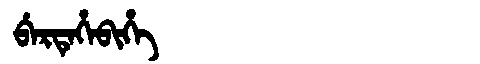
Manchu: ᠪᡝᡵᡨᡝᡥᡝᠪᡳᡥᡝ
Romanization: BERTEHEBIHE